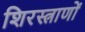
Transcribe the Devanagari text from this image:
शिरस्त्राणों